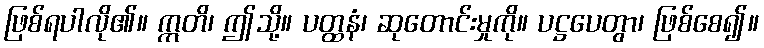
ဖြစ်ရပါလို၏။ ဣတိ၊ ဤသို့။ ပတ္ထနံ၊ ဆုတောင်းမှုကို။ ပဋ္ဌပေတွာ၊ ဖြစ်စေ၍။